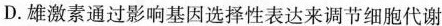
D.雄激素通过影响基因选择性表达来调节细胞代谢